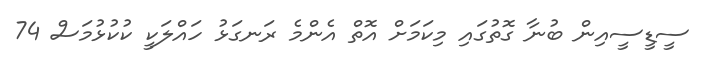
ސީޑީސީއިން ބުނާ ގޮތުގައި މިކަމަށް އޮތް އެންމެ ރަނގަޅު ހައްލަކީ ކުކުޅުމަސް 74